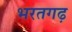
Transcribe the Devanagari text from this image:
भरतगढ़